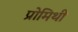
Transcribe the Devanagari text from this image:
प्रोमिथी